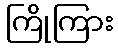
ကြိုကြား